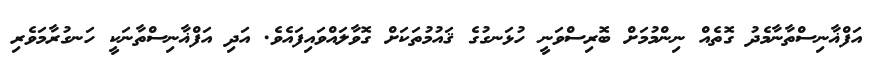
އަފްޣާނިސްތާނާމެދު ގޮތެއް ނިންމުމަށް ބޮރިސްވަނީ ހުޅަނގުގެ ޤައުމުތަކަށް ގޮވާލައްވައިފައެވެ. އަދި އަފްޣާނިސްތާނަކީ ހަނގުރާމަވެރި